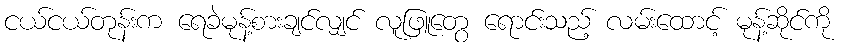
ငယ်ငယ်တုန်းက ရေခဲမုန့်စားချင်လျှင် လူဖြူတွေ ရောင်းသည့် လမ်းထောင့် မုန့်ဆိုင်ကို